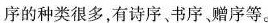
序的种类很多,有诗序、书序、赠序等。